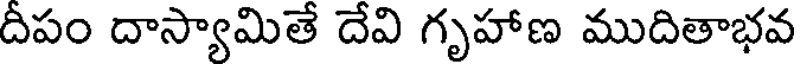
దీపం దాస్యామితే దేవి గృహాణ ముదితాభవ